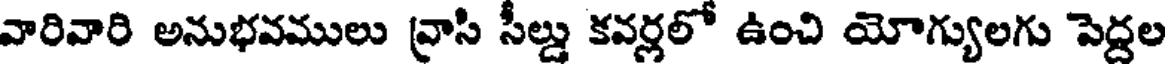
వారివారి అనుభవములు వ్రాసి సీల్డు కవర్లలో ఉంచి యోగ్యులగు పెద్దల